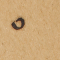
٥